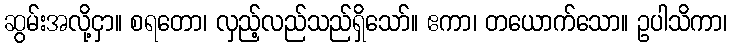
ဆွမ်းအလို့ငှာ။ စရတော၊ လှည့်လည်သည်ရှိသော်။ ဧကာ၊ တယောက်သော။ ဥပါသိကာ၊